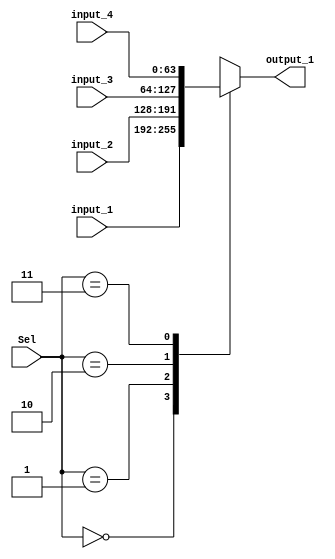
`timescale 1ns/1ns

module four_to_1_mux #(parameter DWIDTH = 64) (Sel, input_1, input_2, input_3, input_4, output_1);

    input [1:0] Sel;
    input [DWIDTH-1:0] input_1;
    input [DWIDTH-1:0] input_2;
    input [DWIDTH-1:0] input_3;
    input [DWIDTH-1:0] input_4;
    output reg [DWIDTH-1:0] output_1;

    always @(*) begin
        case(Sel)
            2'd0: output_1 = input_1;
            2'd1: output_1 = input_2;
            2'd2: output_1 = input_3;
            2'd3: output_1 = input_4;
        endcase
    end

endmodule